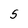
Character: S